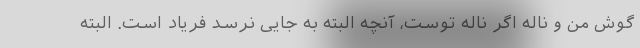
گوش من و ناله اگر ناله توست، آنچه البته به جایی نرسد فریاد است. البته